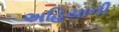
અહિયાની